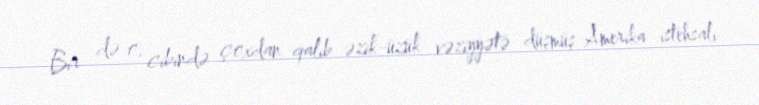
Bir də o, cibində çoxdan qalıb əzik-üzük vəziyyətə düşmüş Amerika istehsalı